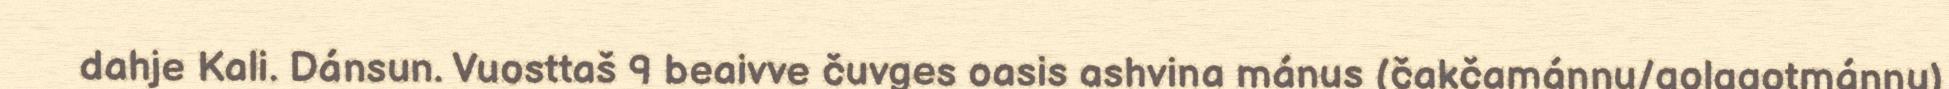
dahje Kali. Dánsun. Vuosttaš 9 beaivve čuvges oasis ashvina mánus (čakčamánnu/golggotmánnu)